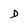
Character: D